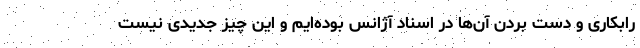
رابکاری و دست بردن آن‌ها در اسناد آژانس بوده‌ایم و این چیز جدیدی نیست